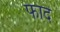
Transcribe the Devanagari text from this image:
फाद